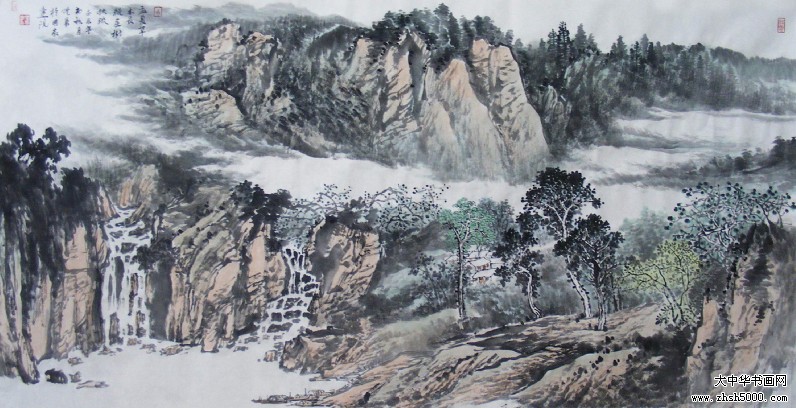
孟夏草木长，绕屋树扶疏。